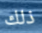
ذلك